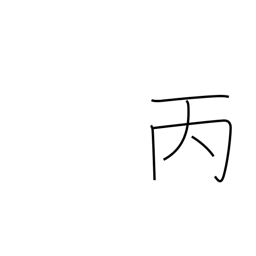
Meaning: 3rd